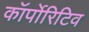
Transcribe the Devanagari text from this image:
कॉर्पोरिटिव